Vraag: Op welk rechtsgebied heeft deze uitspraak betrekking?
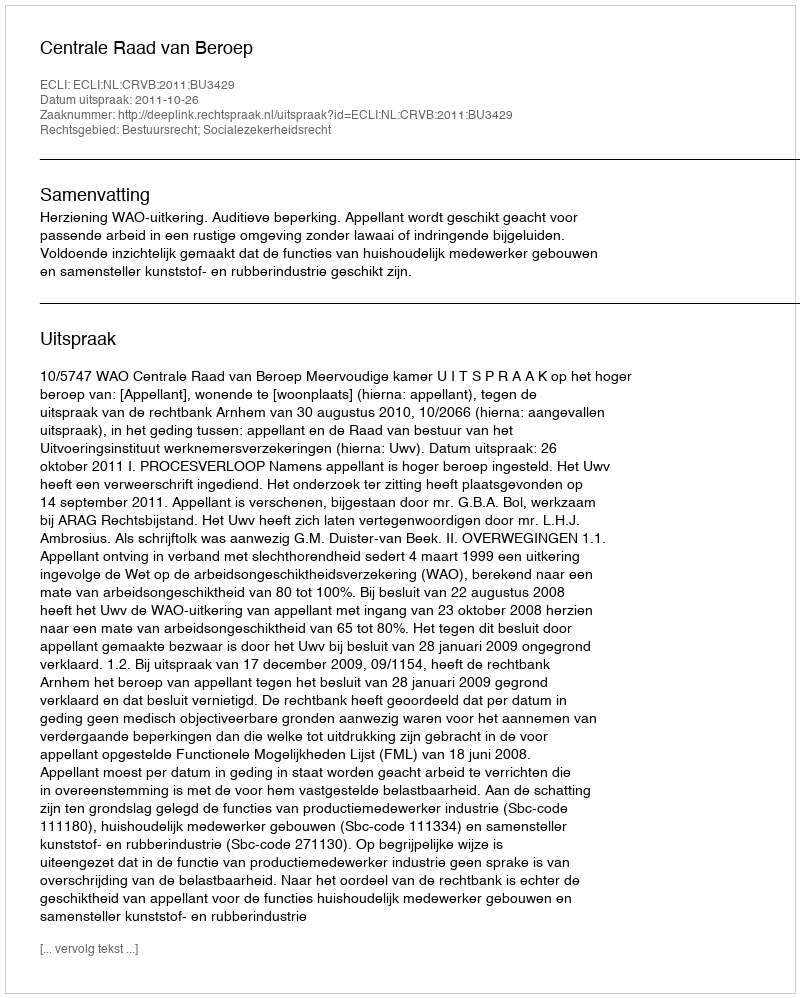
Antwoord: Bestuursrecht; Socialezekerheidsrecht